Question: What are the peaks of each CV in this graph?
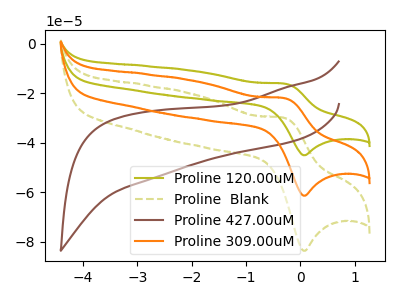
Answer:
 <answer>The olive curve "Proline 120.00uM" has an anodic peak at (-0.25V, -44.15uA) and a cathodic peak at (0.05V, -122.75uA). The olive dashed curve "Proline  Blank" has an anodic peak at (-0.25V, -30.05uA) and a cathodic peak at (0.05V, -83.60uA). The brown curve "Proline 427.00uM" has no peaks. The orange curve "Proline 309.00uM" has an anodic peak at (-0.25V, -22.05uA) and a cathodic peak at (0.05V, -61.35uA).</answer>
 <eval></eval>